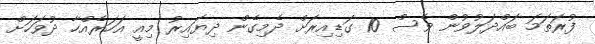
ފުރަތަމަ ބައްދަލުވުން ވެސް 10 ގަޑިއިރަށް ދެމިގެން ދިޔައިރު މިއީ އަހަރެއްހާ ދުވަހަށް